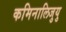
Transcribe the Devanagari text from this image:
कमिनालिजुयु